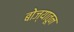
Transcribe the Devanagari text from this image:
बोज्यातून